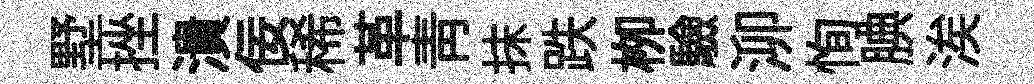
墅挫潰佞稀革青抹跌栁驗泖恂腆涘